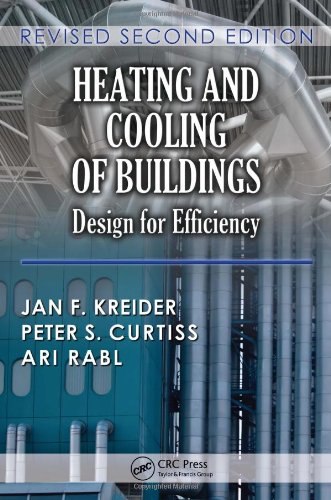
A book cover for Heating and Cooling of Buildings: Design for Efficiency, Revised Second Edition (Mechanical and Aerospace Engineering Series); Jan F. Kreider; Engineering & Transportation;